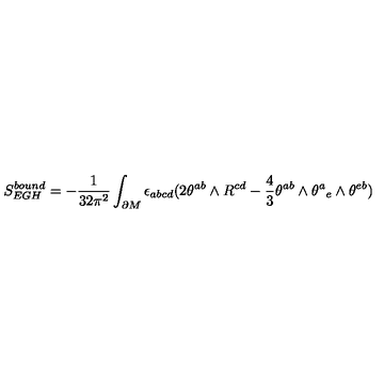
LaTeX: S _ { E G H } ^ { b o u n d } = - { \frac { 1 } { 3 2 \pi ^ { 2 } } } \int _ { \partial M } \epsilon _ { a b c d } ( 2 \theta ^ { a b } \wedge R ^ { c d } - { \frac { 4 } { 3 } } \theta ^ { a b } \wedge \theta ^ { a } { } _ { e } \wedge \theta ^ { e b } )